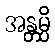
အန္တမ္ပိ